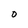
Character: O